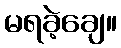
မရခဲ့ချေ။